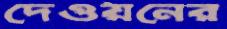
দেওয়নের